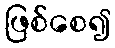
ဖြစ်စေ၍